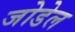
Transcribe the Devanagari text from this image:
जोडेल